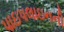
પાઇપલાઇનની